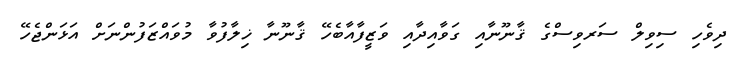
ދިވެހި ސިވިލް ސަރވިސްގެ ޤާނޫނާއި ގަވާއިދާއި ވަޒީފާއާބެހޭ ޤާނޫނާ ޚިލާފުވާ މުވައްޒަފުންނަށް އަޅަންޖެހޭ